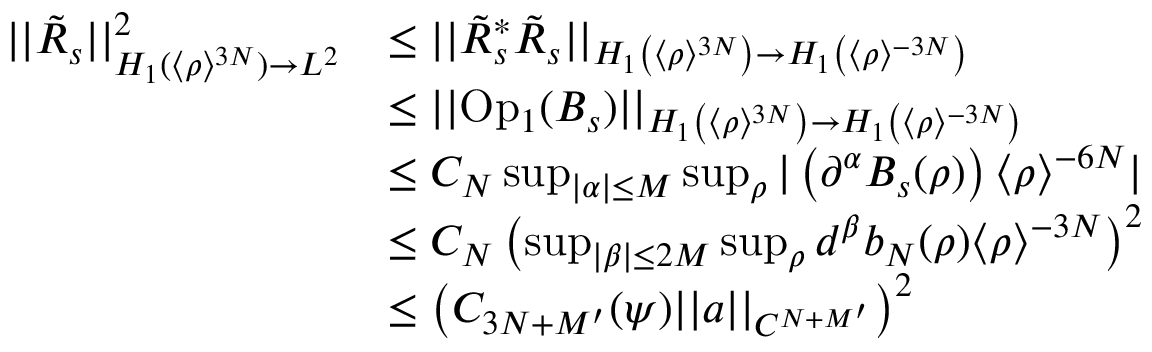
\begin{array} { r l } { | | \tilde { R } _ { s } | | _ { H _ { 1 } ( \langle \rho \rangle ^ { 3 N } ) \to L ^ { 2 } } ^ { 2 } } & { \leq | | \tilde { R } _ { s } ^ { * } \tilde { R } _ { s } | | _ { H _ { 1 } \left( \langle \rho \rangle ^ { 3 N } \right) \to H _ { 1 } \left( \langle \rho \rangle ^ { - 3 N } \right) } } \\ & { \leq | | \mathrm { O p } _ { 1 } ( B _ { s } ) | | _ { H _ { 1 } \left( \langle \rho \rangle ^ { 3 N } \right) \to H _ { 1 } \left( \langle \rho \rangle ^ { - 3 N } \right) } } \\ & { \leq C _ { N } \operatorname* { s u p } _ { | \alpha | \leq M } \operatorname* { s u p } _ { \rho } | \left( \partial ^ { \alpha } B _ { s } ( \rho ) \right) \langle \rho \rangle ^ { - 6 N } | } \\ & { \leq C _ { N } \left( \operatorname* { s u p } _ { | \beta | \leq 2 M } \operatorname* { s u p } _ { \rho } d ^ { \beta } b _ { N } ( \rho ) \langle \rho \rangle ^ { - 3 N } \right) ^ { 2 } } \\ & { \leq \left( C _ { 3 N + M ^ { \prime } } ( \psi ) | | a | | _ { C ^ { N + M ^ { \prime } } } \right) ^ { 2 } } \end{array}